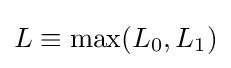
L\equiv \max(L_{0},L_{1})